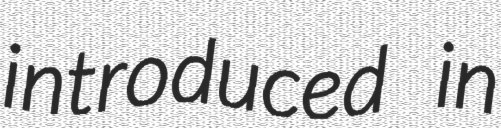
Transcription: introduced in